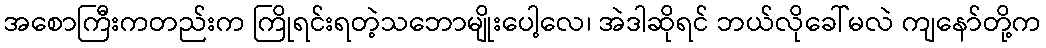
အစောကြီးကတည်းက ကြိုရင်းရတဲ့သဘောမျိုးပေါ့လေ၊ အဲဒါဆိုရင် ဘယ်လိုခေါ်မလဲ ကျနော်တို့က